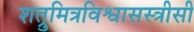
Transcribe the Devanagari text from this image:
शत्रुमित्रविश्वासस्त्रीसी